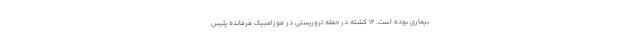
بیماری بوده است. 12 کشته در حمله تروریستی در موزامبیک فرمانده پلیس